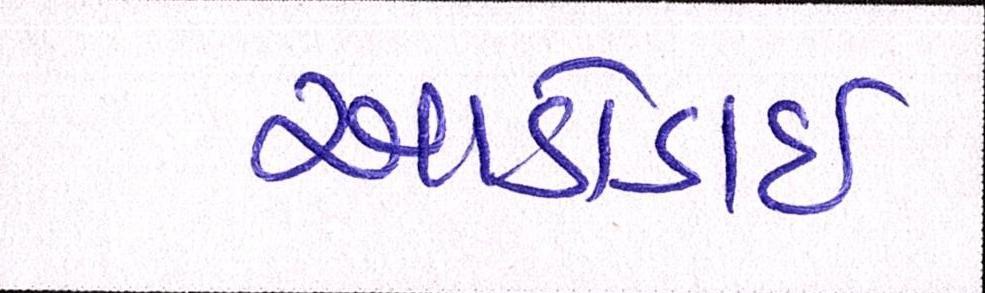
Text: આડોડાઈ